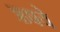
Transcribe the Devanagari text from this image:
ऋषये